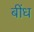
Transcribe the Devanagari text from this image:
बींध